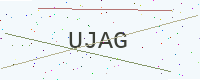
Text: UJAG